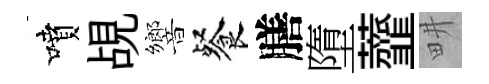
噴覘響餐膳墮虀畊